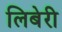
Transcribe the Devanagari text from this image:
लिबेरी